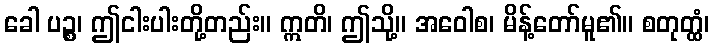
ခေါ ပဉ္စ၊ ဤငါးပါးတို့တည်း။ ဣတိ၊ ဤသို့။ အဝေါစ၊ မိန့်တော်မူ၏။ စတုတ္ထံ၊